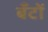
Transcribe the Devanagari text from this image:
बँटों